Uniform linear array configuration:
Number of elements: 32
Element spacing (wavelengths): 0.5
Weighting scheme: kaiser
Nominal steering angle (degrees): -45
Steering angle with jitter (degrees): -44.28
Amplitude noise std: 0.05
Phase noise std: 0.05

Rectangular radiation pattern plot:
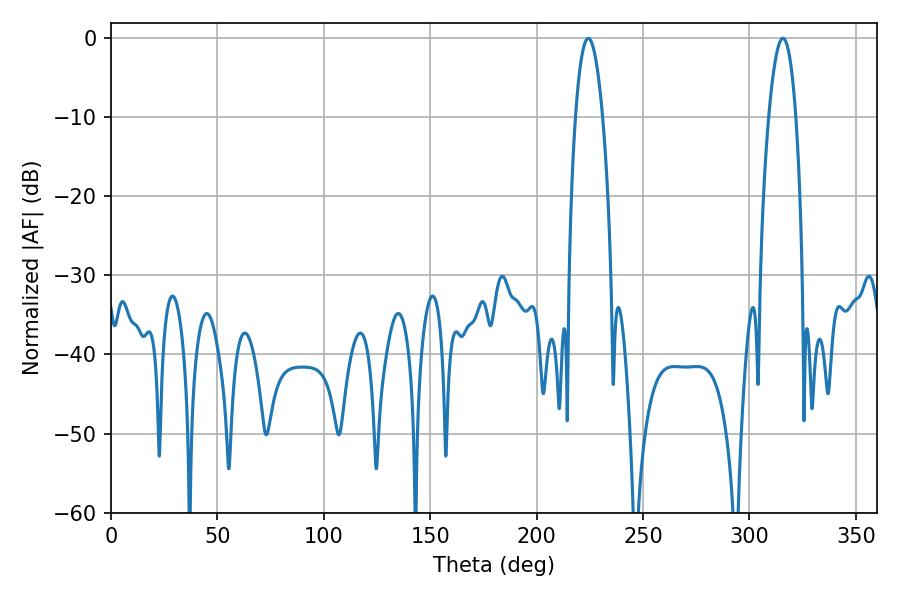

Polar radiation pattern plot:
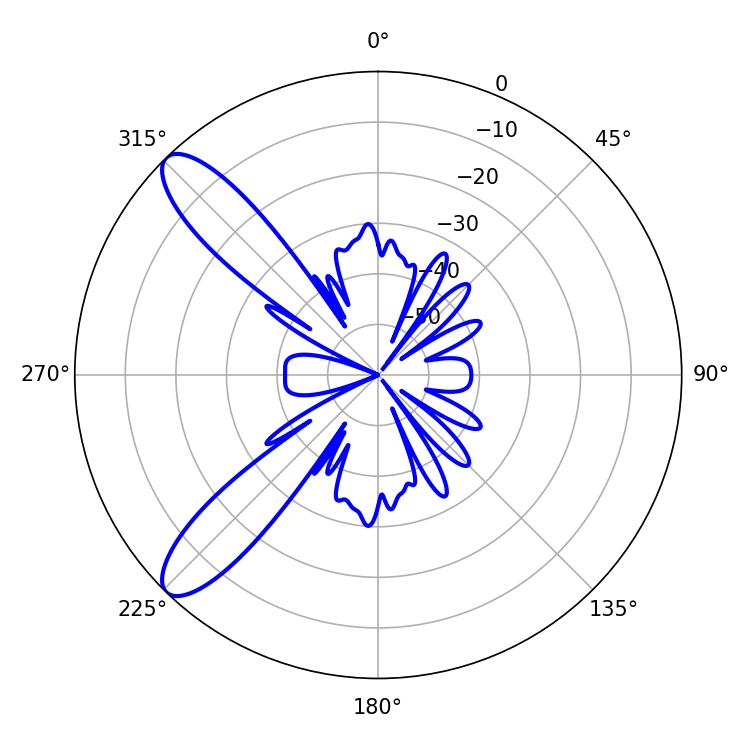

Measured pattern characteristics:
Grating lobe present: FALSE
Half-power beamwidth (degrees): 7.02
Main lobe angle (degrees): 315.72